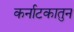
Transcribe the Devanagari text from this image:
कर्नाटकातुन